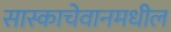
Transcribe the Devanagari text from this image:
सास्काचेवानमधील